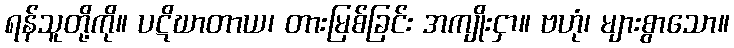
ရန်သူတို့ကို။ ပဋိဃာတာယ၊ တားမြစ်ခြင်း အကျိုးငှာ။ ဗဟုံ၊ များစွာသော။